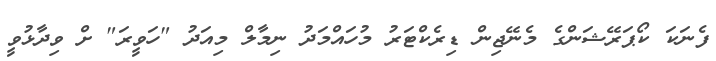
ފެނަކަ ކޯޕަރޭޝަންގެ މެނޭޖިން ޑިރެކްޓަރު މުހައްމަދު ނިމާލް މިއަދު "ހަވީރަ" ށް ވިދާޅުވީ